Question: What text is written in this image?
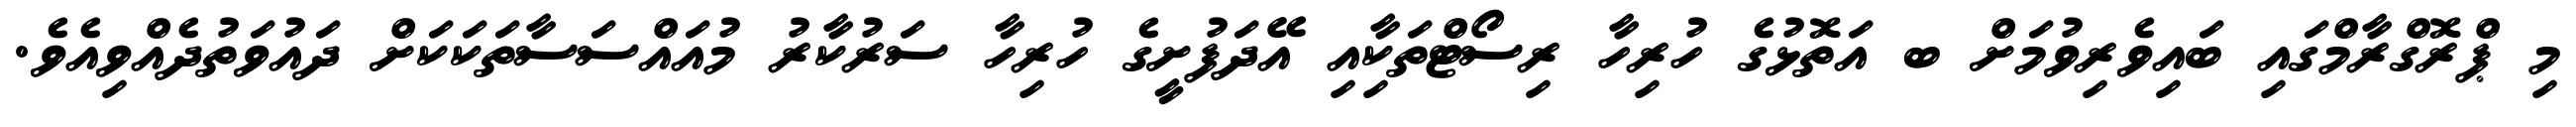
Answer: މި ޕްރޮގްރާމްގައި ބައިވެރިވުމަށް ބ އަތޮޅުގެ ހުރިހާ ރިސޯޓްތަކާިއި އޭދަފުށީގެ ހުރިހާ ސަރުކާރު މުއައްސަސާތަކަކަށް ދައުވަތުދެއްވިއެވެ.